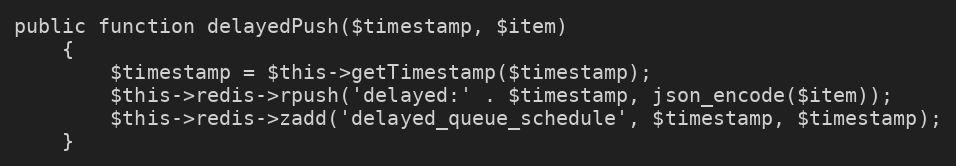
Language: PHP
public function delayedPush($timestamp, $item)
    {
        $timestamp = $this->getTimestamp($timestamp);
        $this->redis->rpush('delayed:' . $timestamp, json_encode($item));
        $this->redis->zadd('delayed_queue_schedule', $timestamp, $timestamp);
    }